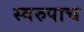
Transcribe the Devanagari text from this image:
स्वरुपाच